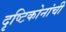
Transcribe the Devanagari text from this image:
दृष्टिकोनांची